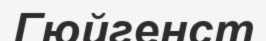
Гюйгенст